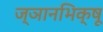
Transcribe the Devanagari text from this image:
ज्ञानभिक्षू